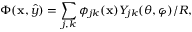
\Phi ( { \bf x } , \hat { y } ) = \sum _ { j , k } \phi _ { j k } ( { \bf x } ) Y _ { j k } ( \theta , \varphi ) / R ,